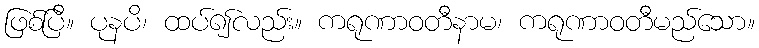
ဖြစ်ပြီ။ ပုနပိ၊ ထပ်၍လည်း။ ကရုဏာဝတီနာမ၊ ကရုဏာဝတီမည်သော။